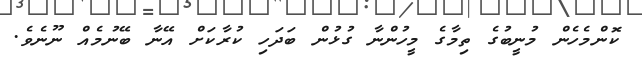
ކޮންމެހެން މުނީބުގެ ތިމާގެ މީހުންނާ ގުޅުން ބަދަހި ކުރާކަށް އޭނާ ބޭނުމެއް ނޫނެވެ.